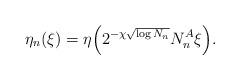
LaTeX: \begin{align*}\eta_n(\xi) = \eta\Big(2^{-\chi \sqrt{\log N_n}} N_n^A \xi \Big).\end{align*}